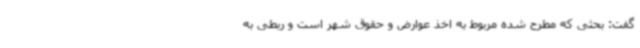
گفت: بحثی که مطرح شده مربوط به اخذ عوارض و حقوق شهر است و ربطی به